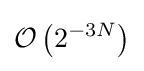
{\mathcal {O}}\left(2^{-3N}\right)